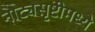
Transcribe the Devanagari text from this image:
नाट्यसृष्टीमध्ये